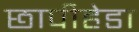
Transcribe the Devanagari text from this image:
छापीहेडा